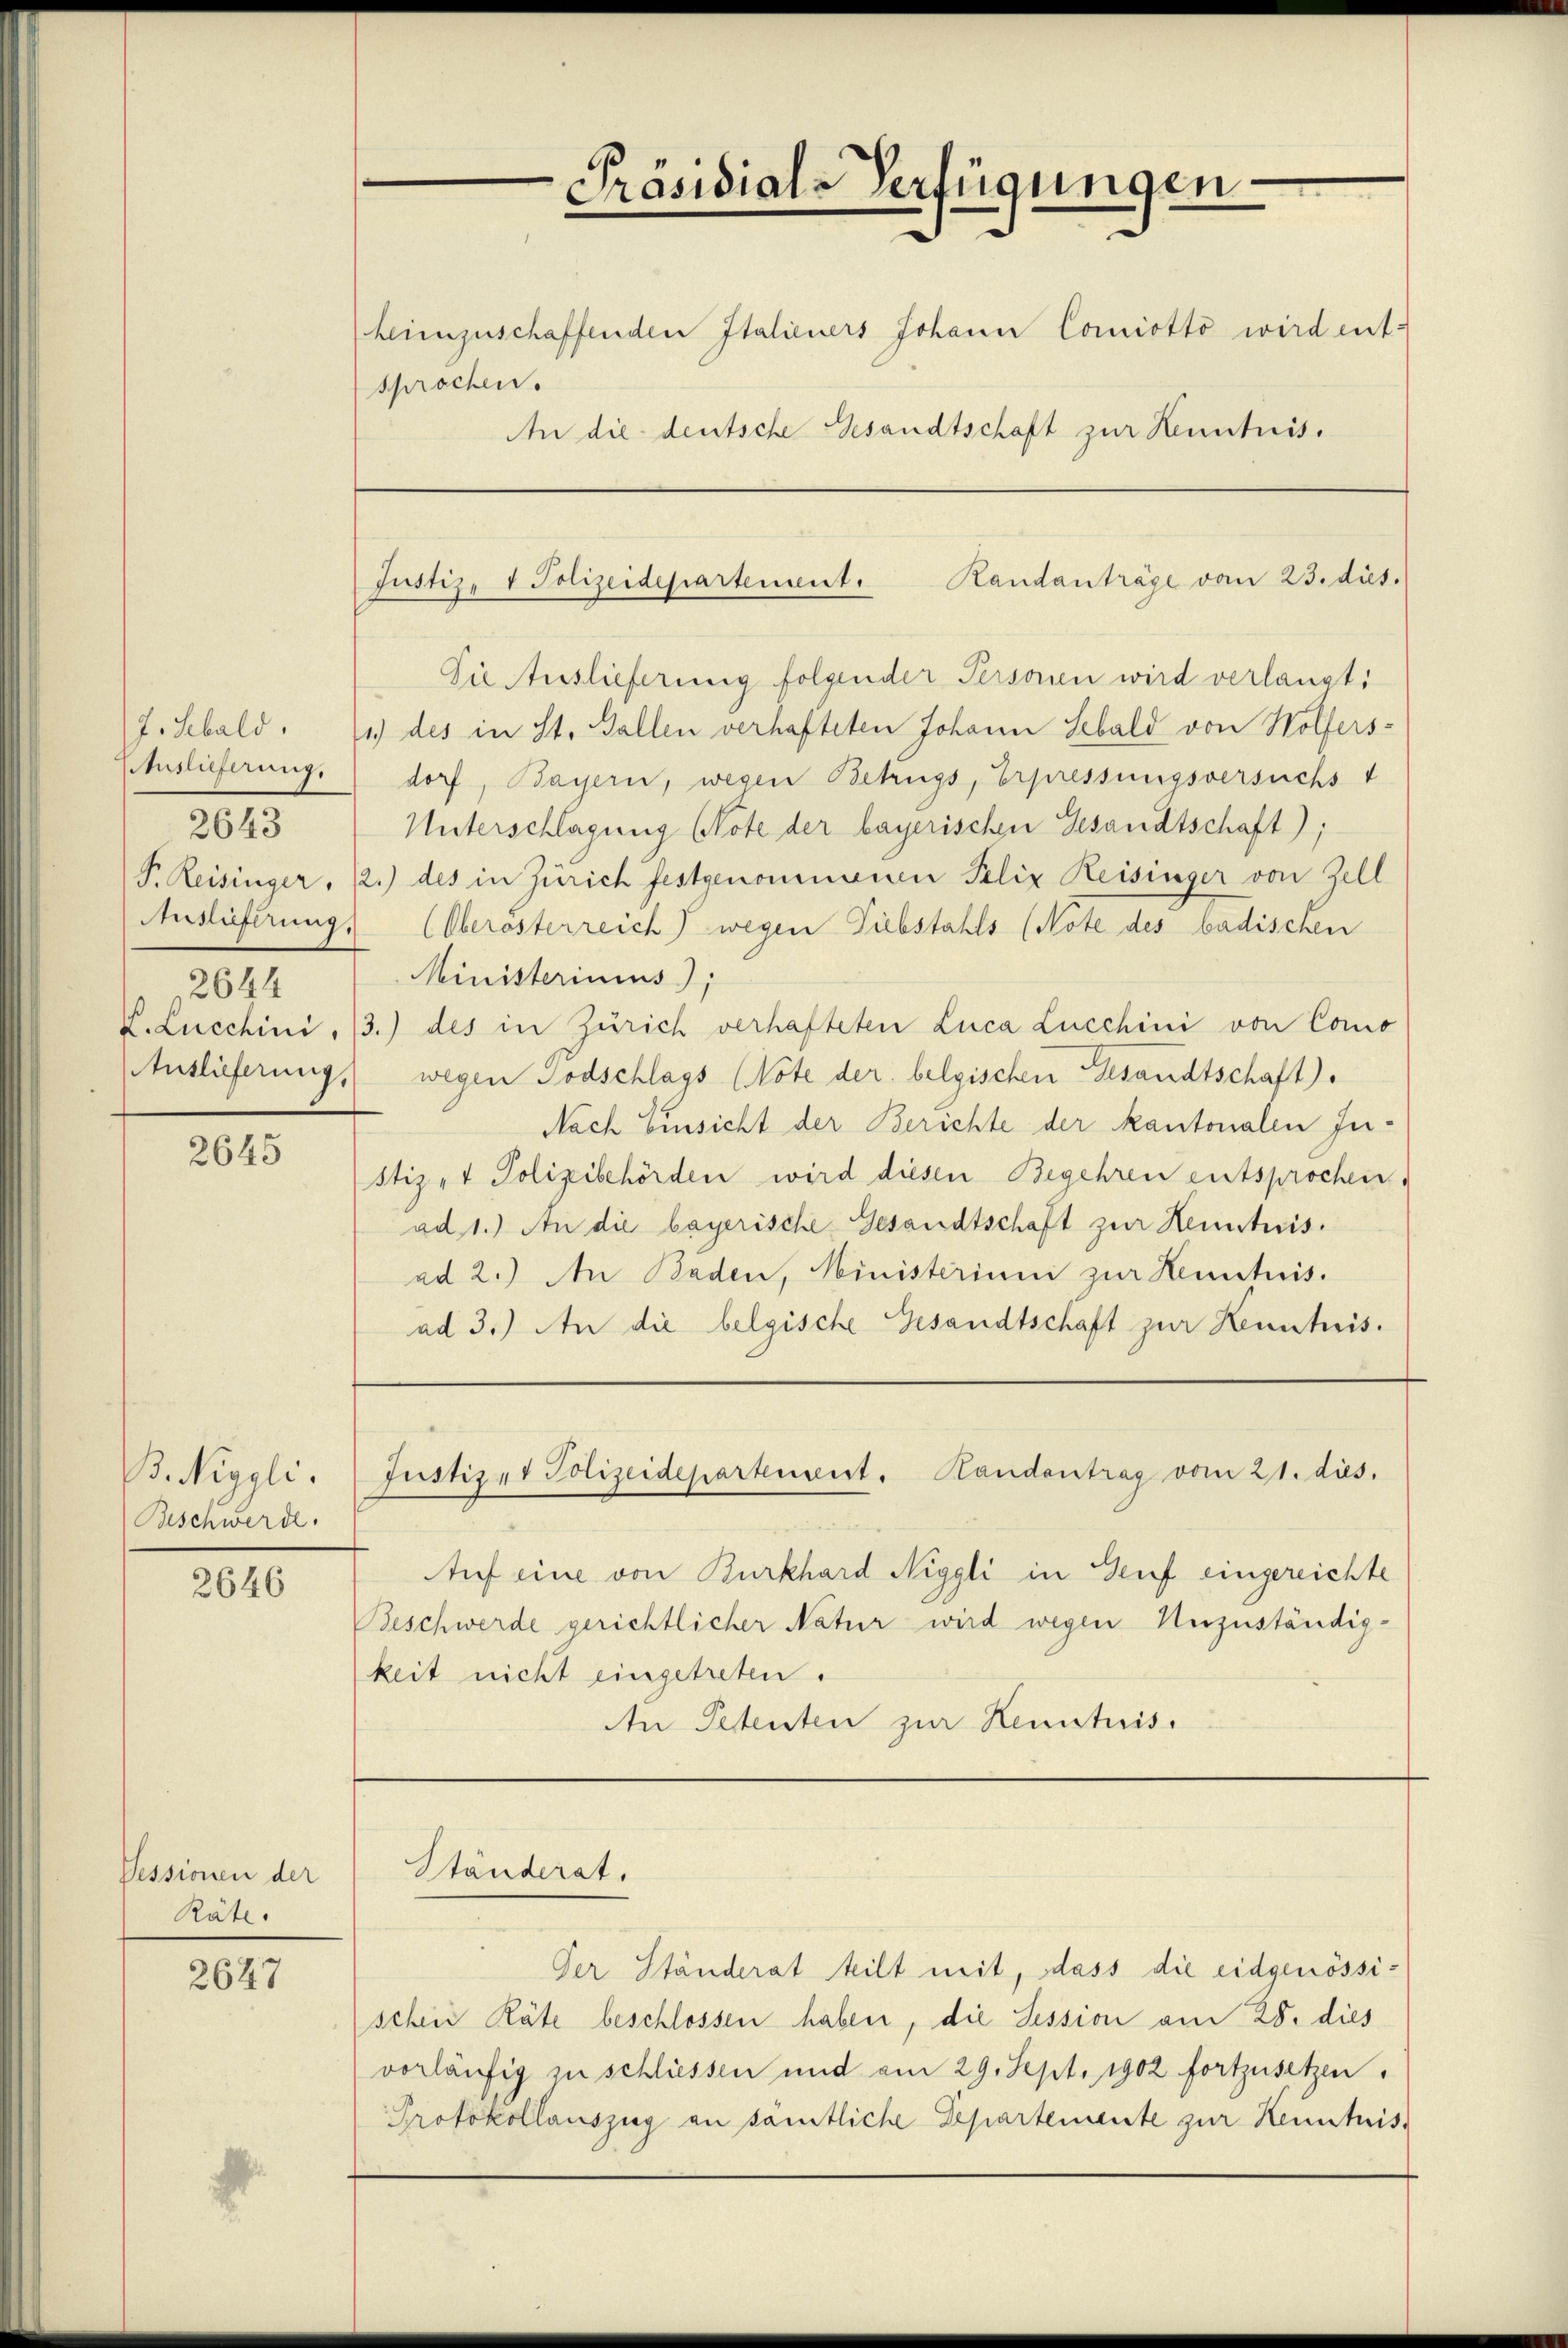
Auslieferung,
2643
2644
Auslieferung,

2645

B. Niggli.
Beschwerde.

2646

Pessionen der
Räte.

2647

Präsidial-Verfügungen

heimzuschaffenden Italieners Johann Comiotto wird ent-
sprochen.
An die deutsche Gesandtschaft zur Kenntnis.

Die Auslieferung folgender Personen wird verlangt:
J. Sebald. 11) des in St. Gallen verhafteten Johann Sebald von Wolfersdorf, Bayern, wegen Betrugs, Erpressungsversuchst
Unterschlagung Note der bayerischen Gesandtschaft);
P. Reisinger, 2.) des in Zürich festgenommenen Felix Reisinger von Zell
Auslieferung (Oberösterreich) wegen Tiebstahls (Note des badischen
Ministeriums);
V. Lucchini, 73.) des in Zürich verhafteten Luca Lucchini von Como
wegen Todschlags (Note der belgischen Gesandtschaft).
Nach Einsicht der Berichte der Kantonalen Instiz- & Polizeibehörden wird diesen Begehren entsprochen.
ad 1.) An die bayerische Gesandtschaft zur Kenntnis.
ad 2.) An Baden, Ministerium zur Kenntnis.
ad 3.) An die belgische Gesandtschaft zur Kenntnis.

Justiz- & Polizeidepartement. Randanträge vom 23. dies.

Justiz et Polizeidepartement. Handentrag vom 21. dies.

Ständerat.

Auf eine von Burkhard Niggli in Genf eingereichte
Beschwerde gerichtlicher Natur wird wegen Unzuständigkeit nicht eingetreten.
An Petenten zur Kenntnis.

Der Ständerat teilt mit, dass die eidgenössischein Räte beschlossen haben, die Session am 28. dies
vorläufig zu schliessen und am 29. Sept. 1902 fortzusetzen.
Protokollauszug an sämtliche Departemente zur Kenntnis¬